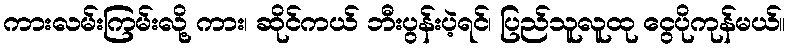
ကားလမ်းကြမ်းလို့ ကား၊ ဆိုင်ကယ် ဘီးပွန်းပဲ့ရင်၊ ပြည်သူလူထု ငွေပိုကုန်မယ်။